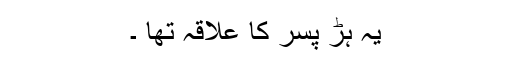
یہ ہڑ پسر کا علاقہ تھا ۔